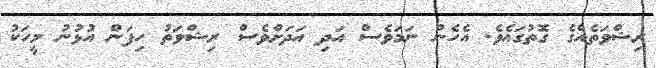
ރިޝްވަތެއްގެ ގޮތުގައެވެ. އެހެން ނަމަވެސް އަދި އަދަށްވެސް ރިޝްވަތު ހިފަން އުޅުނު މީހަކު